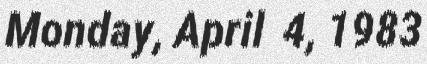
Monday, April 4, 1983